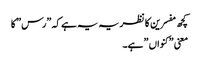
کچھ مفسرین کا نظریہ یہ ہے کہ ”رس” کا
معنی ”کنواں ” ہے۔